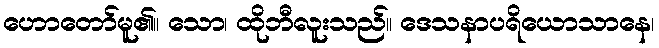
ဟောတော်မူ၏။ သော၊ ထိုဘီလူးသည်။ ဒေသနာပရိယောသာနေ၊